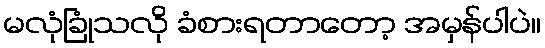
မလုံခြုံသလို ခံစားရတာတော့ အမှန်ပါပဲ။